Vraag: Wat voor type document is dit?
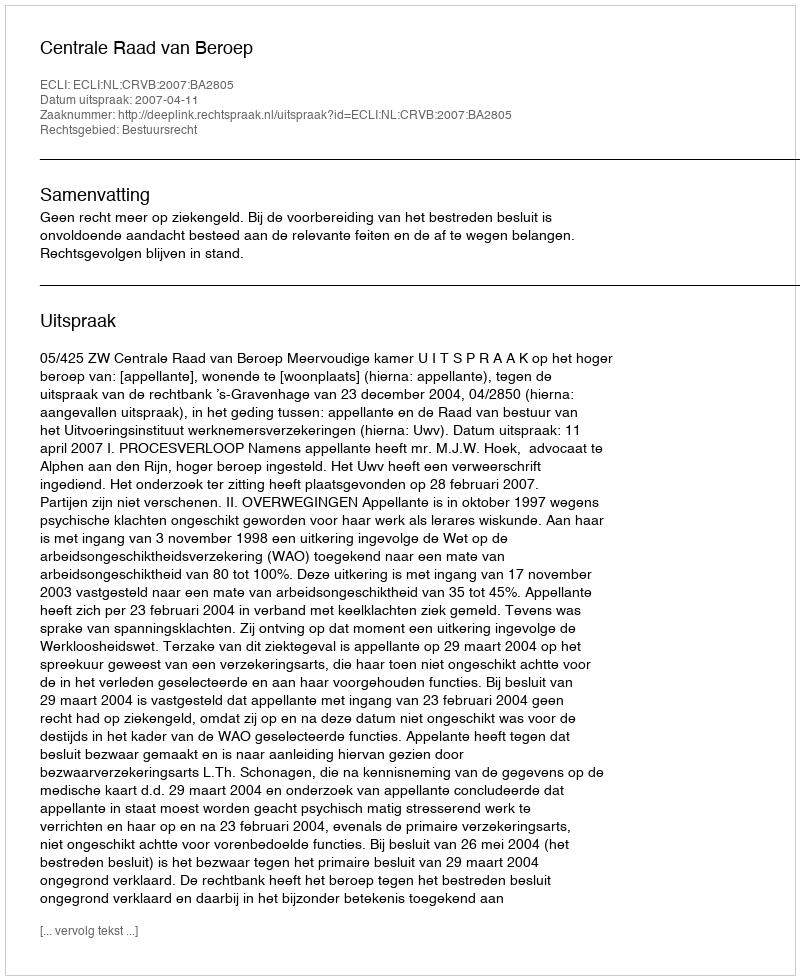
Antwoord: Uitspraak